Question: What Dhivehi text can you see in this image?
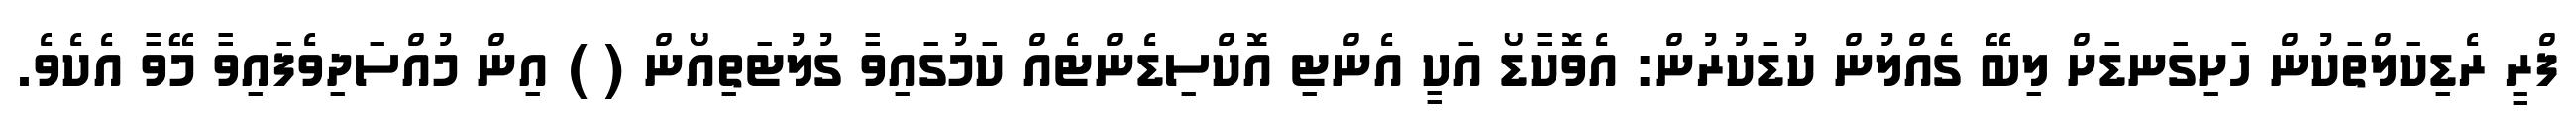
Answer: ފްރީ ރެޑިކަލްތަކުން ހަށިގަނޑަށް ލިބޭ ގެއްލުން ކުޑަކުރުން: އެވޮކާޑޯ އަކީ އެންޓި އޮކްސިޑެންޓެއް ކަމުގައިވާ ގުލުޓަތިއޯން ( ) އިން މުއްސަދިވެފައިވާ މޭވާ އެކެވެ.